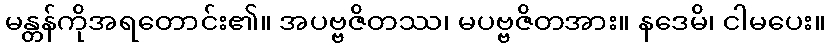
မန္တန်ကိုအရတောင်း၏။ အပဗ္ဗဇိတဿ၊ မပဗ္ဗဇိတအား။ နဒေမိ၊ ငါမပေး။